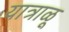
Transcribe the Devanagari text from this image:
यात्राळू